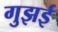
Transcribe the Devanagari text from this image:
गुझई